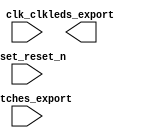

module niossystem (
	clk_clk,
	reset_reset_n,
	switches_export,
	leds_export);	

	input		clk_clk;
	input		reset_reset_n;
	input	[7:0]	switches_export;
	output	[7:0]	leds_export;
endmodule